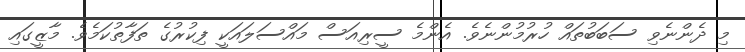
މި ދެންނެވި ސަބަބުތައް ހުރުމުންނެވެ. އެންމެ ސީރިއަސް މައްސަލައަކީ ފިކުރުގެ ތަފާތުކަމެވެ. މާޒީގައި